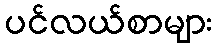
ပင်လယ်စာများ